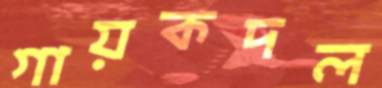
গায়কদল